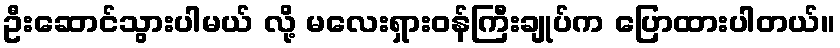
ဦးဆောင်သွားပါမယ် လို့ မလေးရှားဝန်ကြီးချုပ်က ပြောထားပါတယ်။